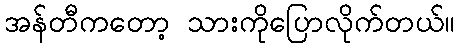
အန်တီကတော့ သားကိုပြောလိုက်တယ်။